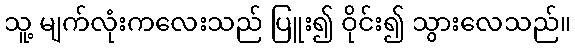
သူ့ မျက်လုံးကလေးသည် ပြူး၍ ဝိုင်း၍ သွားလေသည်။